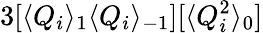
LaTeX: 3[\langle Q_{i}\rangle_{1}\langle Q_{i}\rangle_{-1}][\langle Q_{i}^{2}\rangle_{0}]